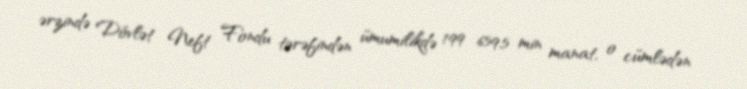
ərzində Dövlət Neft Fondu tərəfindən ümumilikdə 199 659,5 min manat, o cümlədən